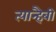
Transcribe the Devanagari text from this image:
त्यान्हैबी